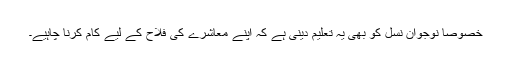
خصوصاً نوجوان نسل کو بھی یہ تعلیم دینی ہے کہ اپنے معاشرے کی فلاح کے لیے کام کرنا چاہیے۔